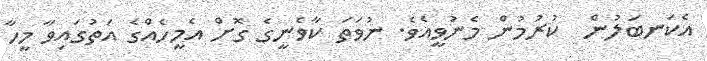
އެކަނބަލުން  ކުރުމުން މެނުވީއެވެ. ނުވަތަ ކާވެނީގެ ގޮށް އެމީހެއްގެ އަތުގައިވާ މީހާ